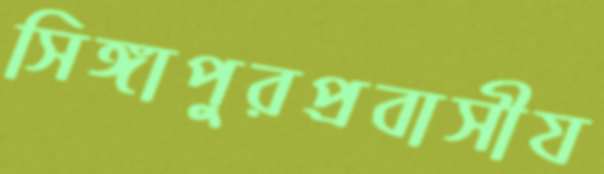
সিঙ্গাপুরপ্রবাসীয